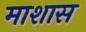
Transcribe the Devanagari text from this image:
माशास